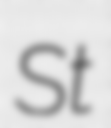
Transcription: St